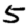
Digit: 5